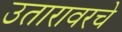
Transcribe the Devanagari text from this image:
उतारावरचे